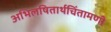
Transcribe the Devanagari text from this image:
अभिलषितार्थचिंतामणी